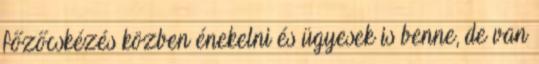
főzőcskézés közben énekelni és ügyesek is benne, de van